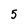
Character: 5